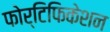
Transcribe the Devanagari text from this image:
फोर्टिफिकेशन